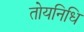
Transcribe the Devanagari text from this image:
तोयनिधि